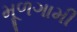
મૂળગામી